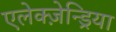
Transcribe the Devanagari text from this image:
एलेक्ज़ेन्ड्रिया